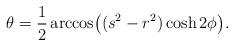
LaTeX: \begin{align*} \theta &= \frac{1}{2} \arccos\bigl( (s^2 - r^2) \cosh 2\phi \bigr). \end{align*}